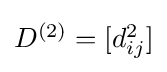
{\textstyle D^{(2)}=[d_{ij}^{2}]}